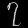
Digit: ၇